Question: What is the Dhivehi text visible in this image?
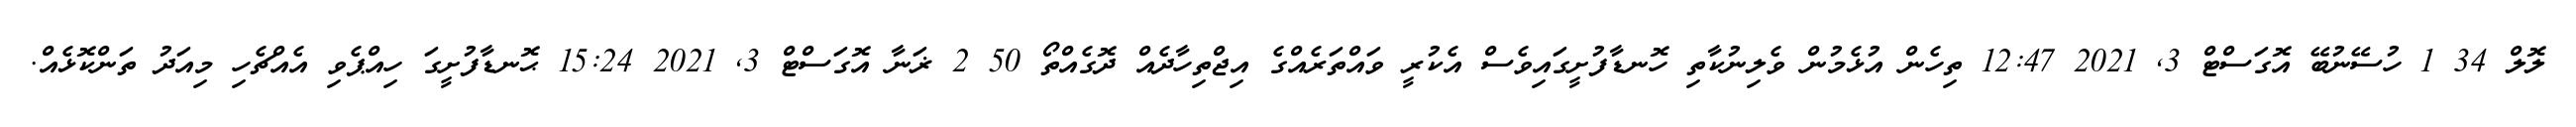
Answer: ލޮލް 34 1 ހުސޭނުބޭ އޮގަސްޓް 3, 2021 12:47 ތިހެން އުޅެމުން ވެލިނުކާތި ހޮނޑާފުށީގައިވެސް އެކުރީ ވައްތަރެއްގެ އިޖްތިހާދެއް ދޮގެއްތޯ 50 2 ޜަނާ އޮގަސްޓް 3, 2021 15:24 ޙޮނޑާފުށީގަ ހިއްޕެވި އެއްޗެހި މިއަދު ތަންކޮޅެއް.